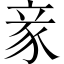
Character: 豙